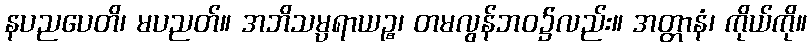
နပညပေတိ၊ မပညတ်။ အဘိသမ္ပရာယဉ္စ၊ တမလွန်ဘဝ၌လည်း။ အတ္တာနံ၊ ကိုယ်ကို။